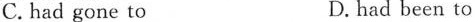
C. had gone to D. had been to